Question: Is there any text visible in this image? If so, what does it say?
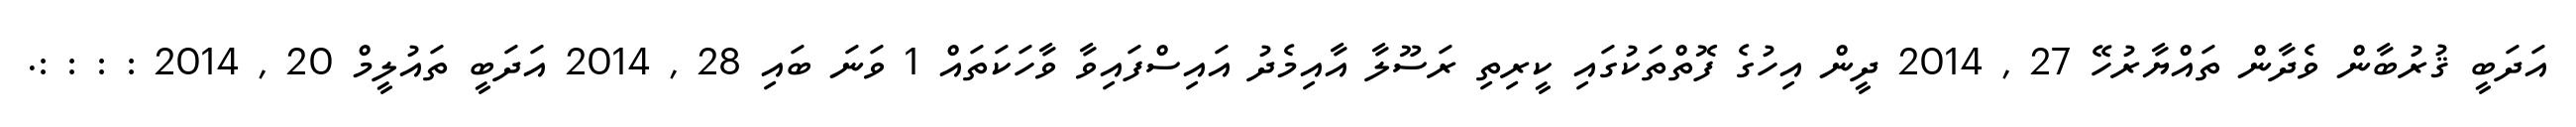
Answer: އަދަބީ ޤުރުބާން ވެދާން ތައްޔާރުހޭ 27 , 2014 ދީން އިހުގެ ފޮތްތަކުގައި ކީރިތި ރަސޫލާ އާއިމެދު އައިސްފައިވާ ވާހަކަތައް 1 ވަނަ ބައި 28 , 2014 އަދަބީ ތައުލީމް 20 , 2014 : : : :.